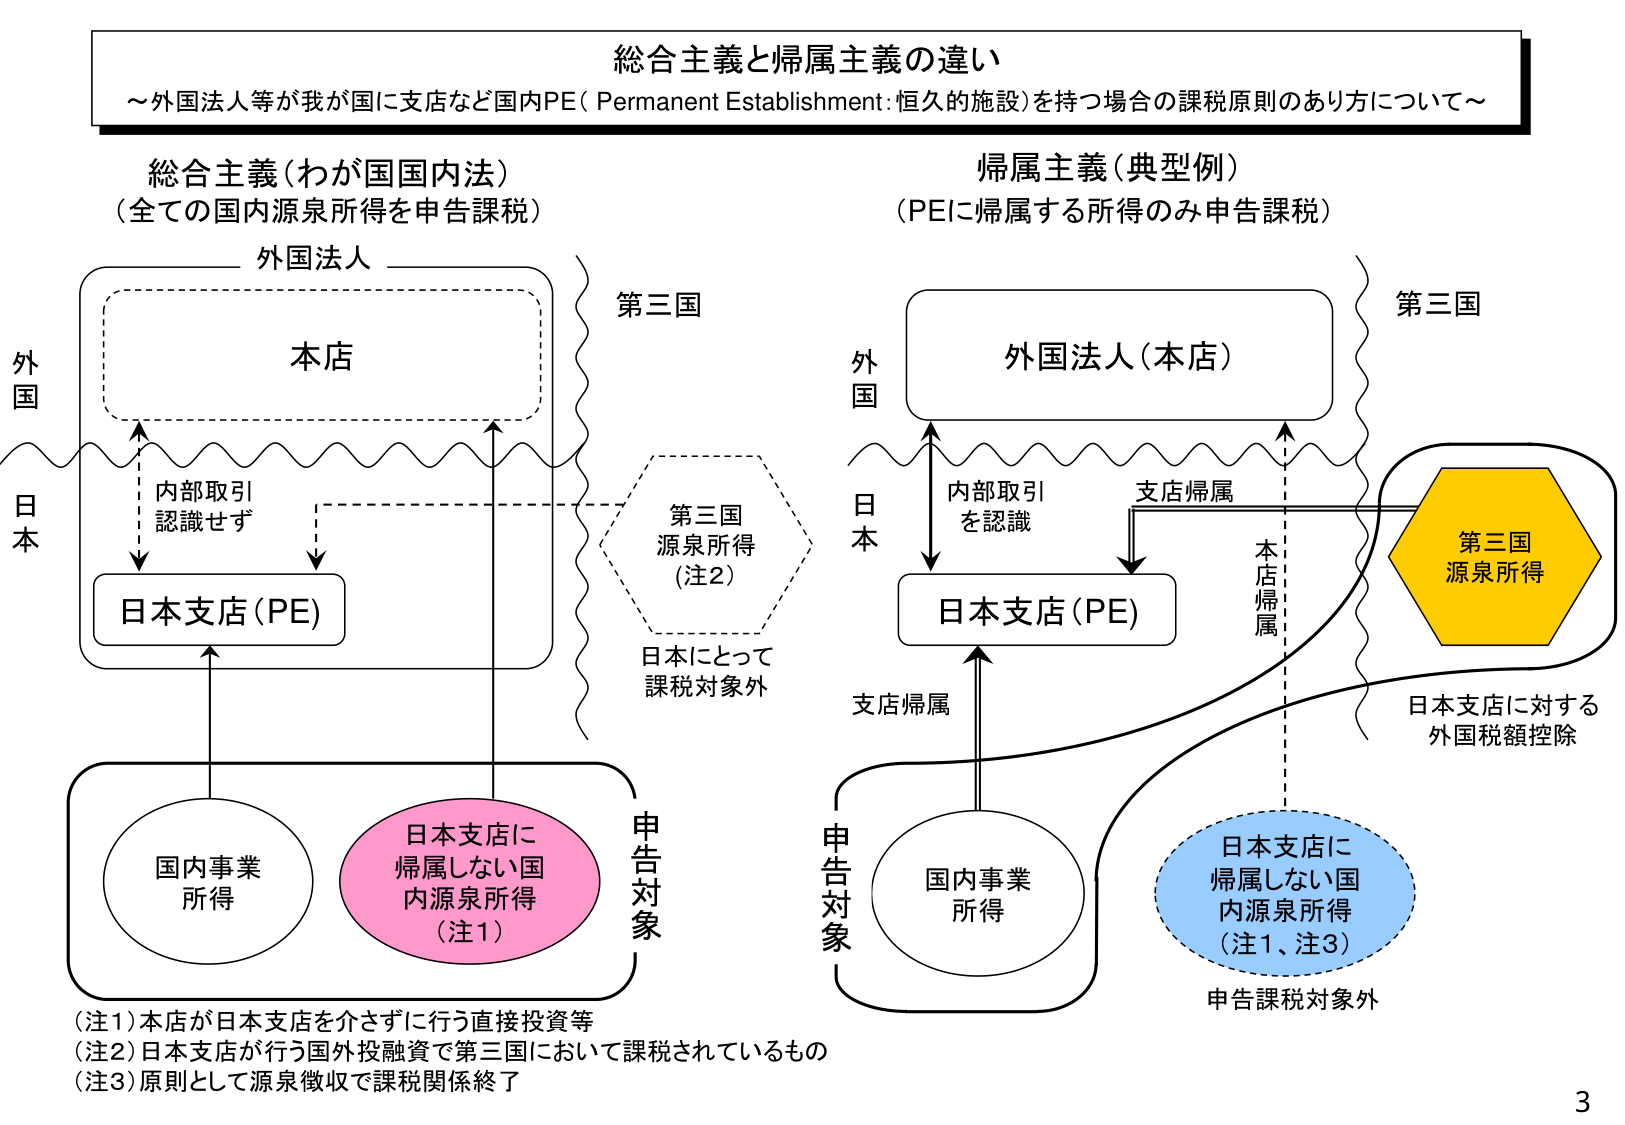
総合主義と帰属主義の違い
～外国法人等が我が国に支店など国内PE（Permanent Establishment: 恒久的施設）を持つ場合の課税原則のあり方について～

総合主義（わが国国内法）
（全ての国内源泉所得を申告課税）

外国法人
本店
内部取引
認識せず
日本支店（PE）
国内事業
所得
日本支店に
帰属しない国
内源泉所得
（注1）
申告対象

第三国
第三国
源泉所得
（注2）
日本にとって
課税対象外

帰属主義（典型例）
（PEに帰属する所得のみ申告課税）

外国法人（本店）
内部取引
を認識
日本支店（PE）
支店帰属
本店帰属
国内事業
所得
日本支店に
帰属しない国
内源泉所得
（注1、注3）
申告課税対象外

第三国
第三国
源泉所得
日本支店に対する
外国税額控除

（注1）本店が日本支店を介さずに行う直接投資等
（注2）日本支店が行う国外投融資で第三国において課税されているもの
（注3）原則として源泉徴収で課税関係終了

3